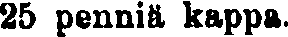
25 penniä kappa.